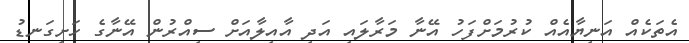
އެތަކެއް އަނިޔާއެއް ކުރުމަށްފަހު އޭނާ މަރާލައި އަދި އާއިލާއަށް ސިއްރުން އޭނާގެ ހަށިގަނޑު